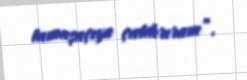
tamaşaçıya çatdırıram”.